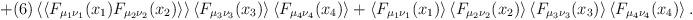
LaTeX: \begin{align*}+(6)\left<\left<F_{\mu_1\nu_1}(x_1)F_{\mu_2\nu_2}(x_2)\right>\right>\left<F_{\mu_3\nu_3}(x_3)\right>\left<F_{\mu_4\nu_4}(x_4)\right>+\left<F_{\mu_1\nu_1}(x_1)\right>\left<F_{\mu_2\nu_2}(x_2)\right>\left<F_{\mu_3\nu_3}(x_3)\right>\left<F_{\mu_4\nu_4}(x_4)\right>.\end{align*}